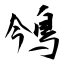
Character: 鳹